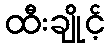
ထီးချိုင့်